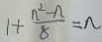
1 + \frac { n ^ { 2 } - n } { 8 } = n